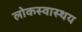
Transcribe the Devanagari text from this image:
लोकस्वास्थय